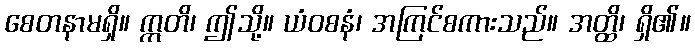
စေတနာမရှိ။ ဣတိ၊ ဤသို့။ ယံဝစနံ၊ အကြင်စကားသည်။ အတ္ထိ၊ ရှိ၏။